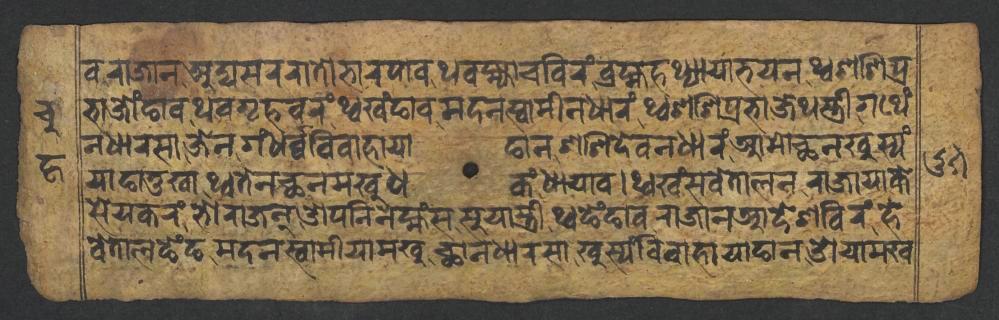
𑐰𑐬𑐵𑐖𑐵𑐣𑐀𑐡𑑂𑐫𑐳𑐬𑐬𑐵𑐟𑑀𑐨𑐵𑐬𑐥𑐵𑐰𑐠𑐰𑐩𑑂𑐴𑑂𑐫𑐵𑐔𑐧𑐶𑐬𑑄𑐧𑑂𑐬𑐴𑑂𑐩𑐴𑐠𑑂𑐫𑐵𑐫𑐵𑐨𑐫𑐣𑐠𑑂𑐰𑐱𑐱𑐶𑐥𑑂𑐬 𑐨𑐵𑐖𑑀𑑄𑐒𑐵𑐰𑐠𑐰𑐐𑐺𑐴𑐰𑐬𑑄𑐠𑑂𑐰𑐏𑑄𑐒𑐵𑐰𑐩𑐡𑐣𑐳𑑂𑐰𑐵𑐩𑐷𑐣𑐢𑐵𑐬𑑄𑐠𑑂𑐰𑐱𑐱𑐶𑐥𑑂𑐬𑐨𑐵𑐖𑐾𑐠𑐳𑑂𑐟𑑂𑐬𑐷𑐐𑐠𑐾𑑄 𑐣𑐢𑐵𑐬𑐳𑐵𑐖𑐾𑐣𑐐𑑄𑐢𑐬𑑂𑐰𑑂𑐰𑐰𑐶𑐰𑐵𑐴𑐵𑐫𑐵𑐒𑐵𑐣𑐱𑐱𑐶𑐡𑐾𑐰𑐣𑐢𑐵𑐬𑑄𑐁𑐩𑑀𑐕𑐣𑐏𑐸𑐳𑑂𑐫𑑄 𑐫𑐵𑐒𑐵𑐟𑐸𑐏𑐵𑐠𑑂𑐰𑐟𑐾𑐣𑐕𑐣𑐩𑐏𑐸𑐢𑐎𑑄𑐢𑐵𑐫𑐵𑐰𑑋𑐠𑑂𑐰𑐏𑑄𑐳𑐰𑐾𑐟𑐵𑐮𑐣𑐬𑐵𑐖𑐵𑐫𑐵𑐎𑐾 𑐳𑐾𑐫𑐎𑐬𑑄𑐨𑑀𑐬𑐵𑐖𑐣𑑀𑐥𑐣𑐶𑐣𑐾𑐩𑑂𑐴𑑄𑐳𑐳𑐸𑐫𑐵𑐳𑑂𑐟𑑂𑐬𑐷𑐠𑑂𑐰𑐒𑐾𑑄𑐒𑐵𑐰𑐬𑐵𑐖𑐵𑐣𑐁𑐡𑐾𑐱𑐧𑐶𑐬𑑄𑐴𑐾 𑐰𑐾𑐟𑐵𑐮𑐒𑐾𑑄𑐒𑐩𑐡𑐣𑐳𑑂𑐰𑐵𑐩𑐷𑐫𑐵𑐩𑐏𑐸𑐕𑐵𑐣𑐢𑐵𑐬𑐳𑐵𑐏𑐸𑐳𑑂𑐫𑑄𑐰𑐶𑐰𑐵𑐴𑐵𑐫𑐵𑐒𑐵𑐣𑐌𑐫𑐵𑐩𑐏